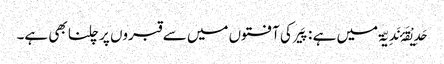
حَدِیْقَۂ نَدِیّۃ میں ہے : پَیر کی آفتوں میں سے قبروں پر چلنا بھی ہے۔